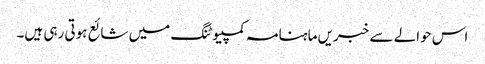
اس حوالے سے خبریں ماہنامہ کمپیوٹنگ میں شائع ہوتی رہی ہیں۔